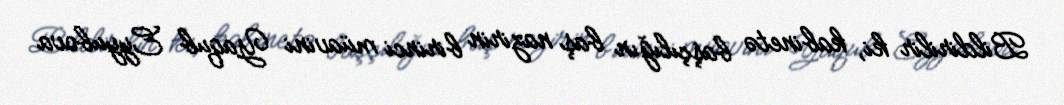
Bildirilir ki, kabinetə başçılığın baş nazirin birinci müavini Yaqub Eyyubova